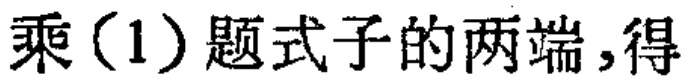
乘（1）题式子的两端，得